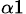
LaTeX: _{\alpha 1}